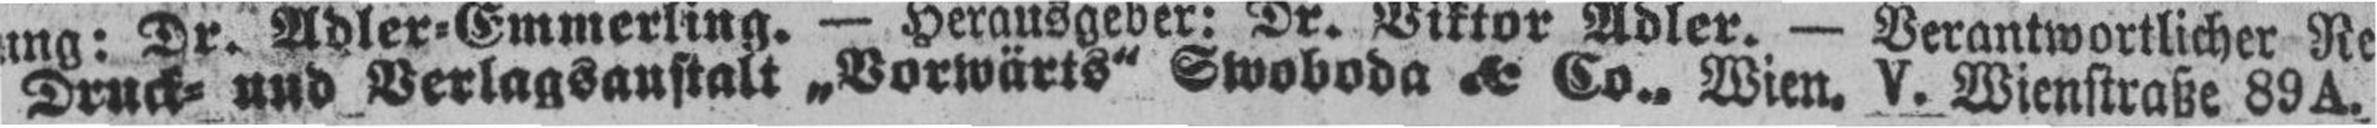
Druck= und Verlagsanstalt „Vorwärts“ Swoboda & Co., Wien. V. Wienstraße 89A.